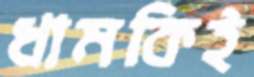
ধামকিই